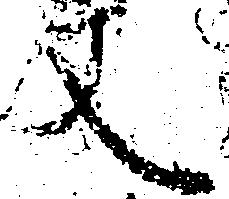
文